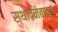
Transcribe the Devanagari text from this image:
स्थापनेबाबत